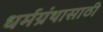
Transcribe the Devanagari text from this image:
धर्मग्रंथासाठी